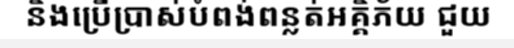
និងប្រើប្រាស់បំពង់ពន្លត់អគ្គិភ័យ ជួយ